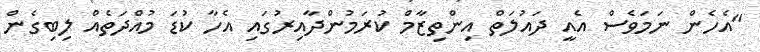
"އެހެން ނަމަވެސް އެއީ ދައުލަތް އިންތިޒާމް ކުރަމުންދާއިރުގައި އެހާ ކުޑަ މުއްދަތެއް ލިބިގެން